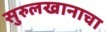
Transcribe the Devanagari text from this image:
सुरुलखानाचा